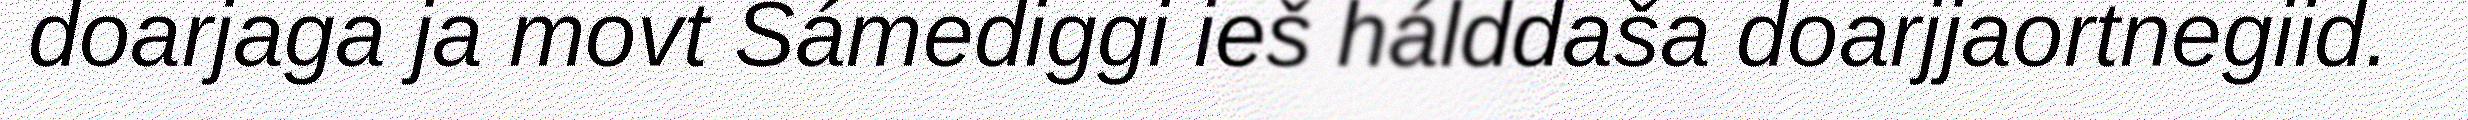
doarjaga ja movt Sámediggi ieš hálddaša doarjjaortnegiid.